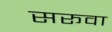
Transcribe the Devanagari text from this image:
सरूवा